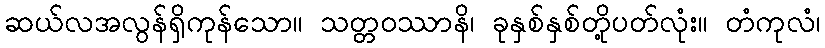
ဆယ်လအလွန်ရှိကုန်သော။ သတ္တဝဿာနိ၊ ခုနှစ်နှစ်တို့ပတ်လုံး။ တံကုလံ၊